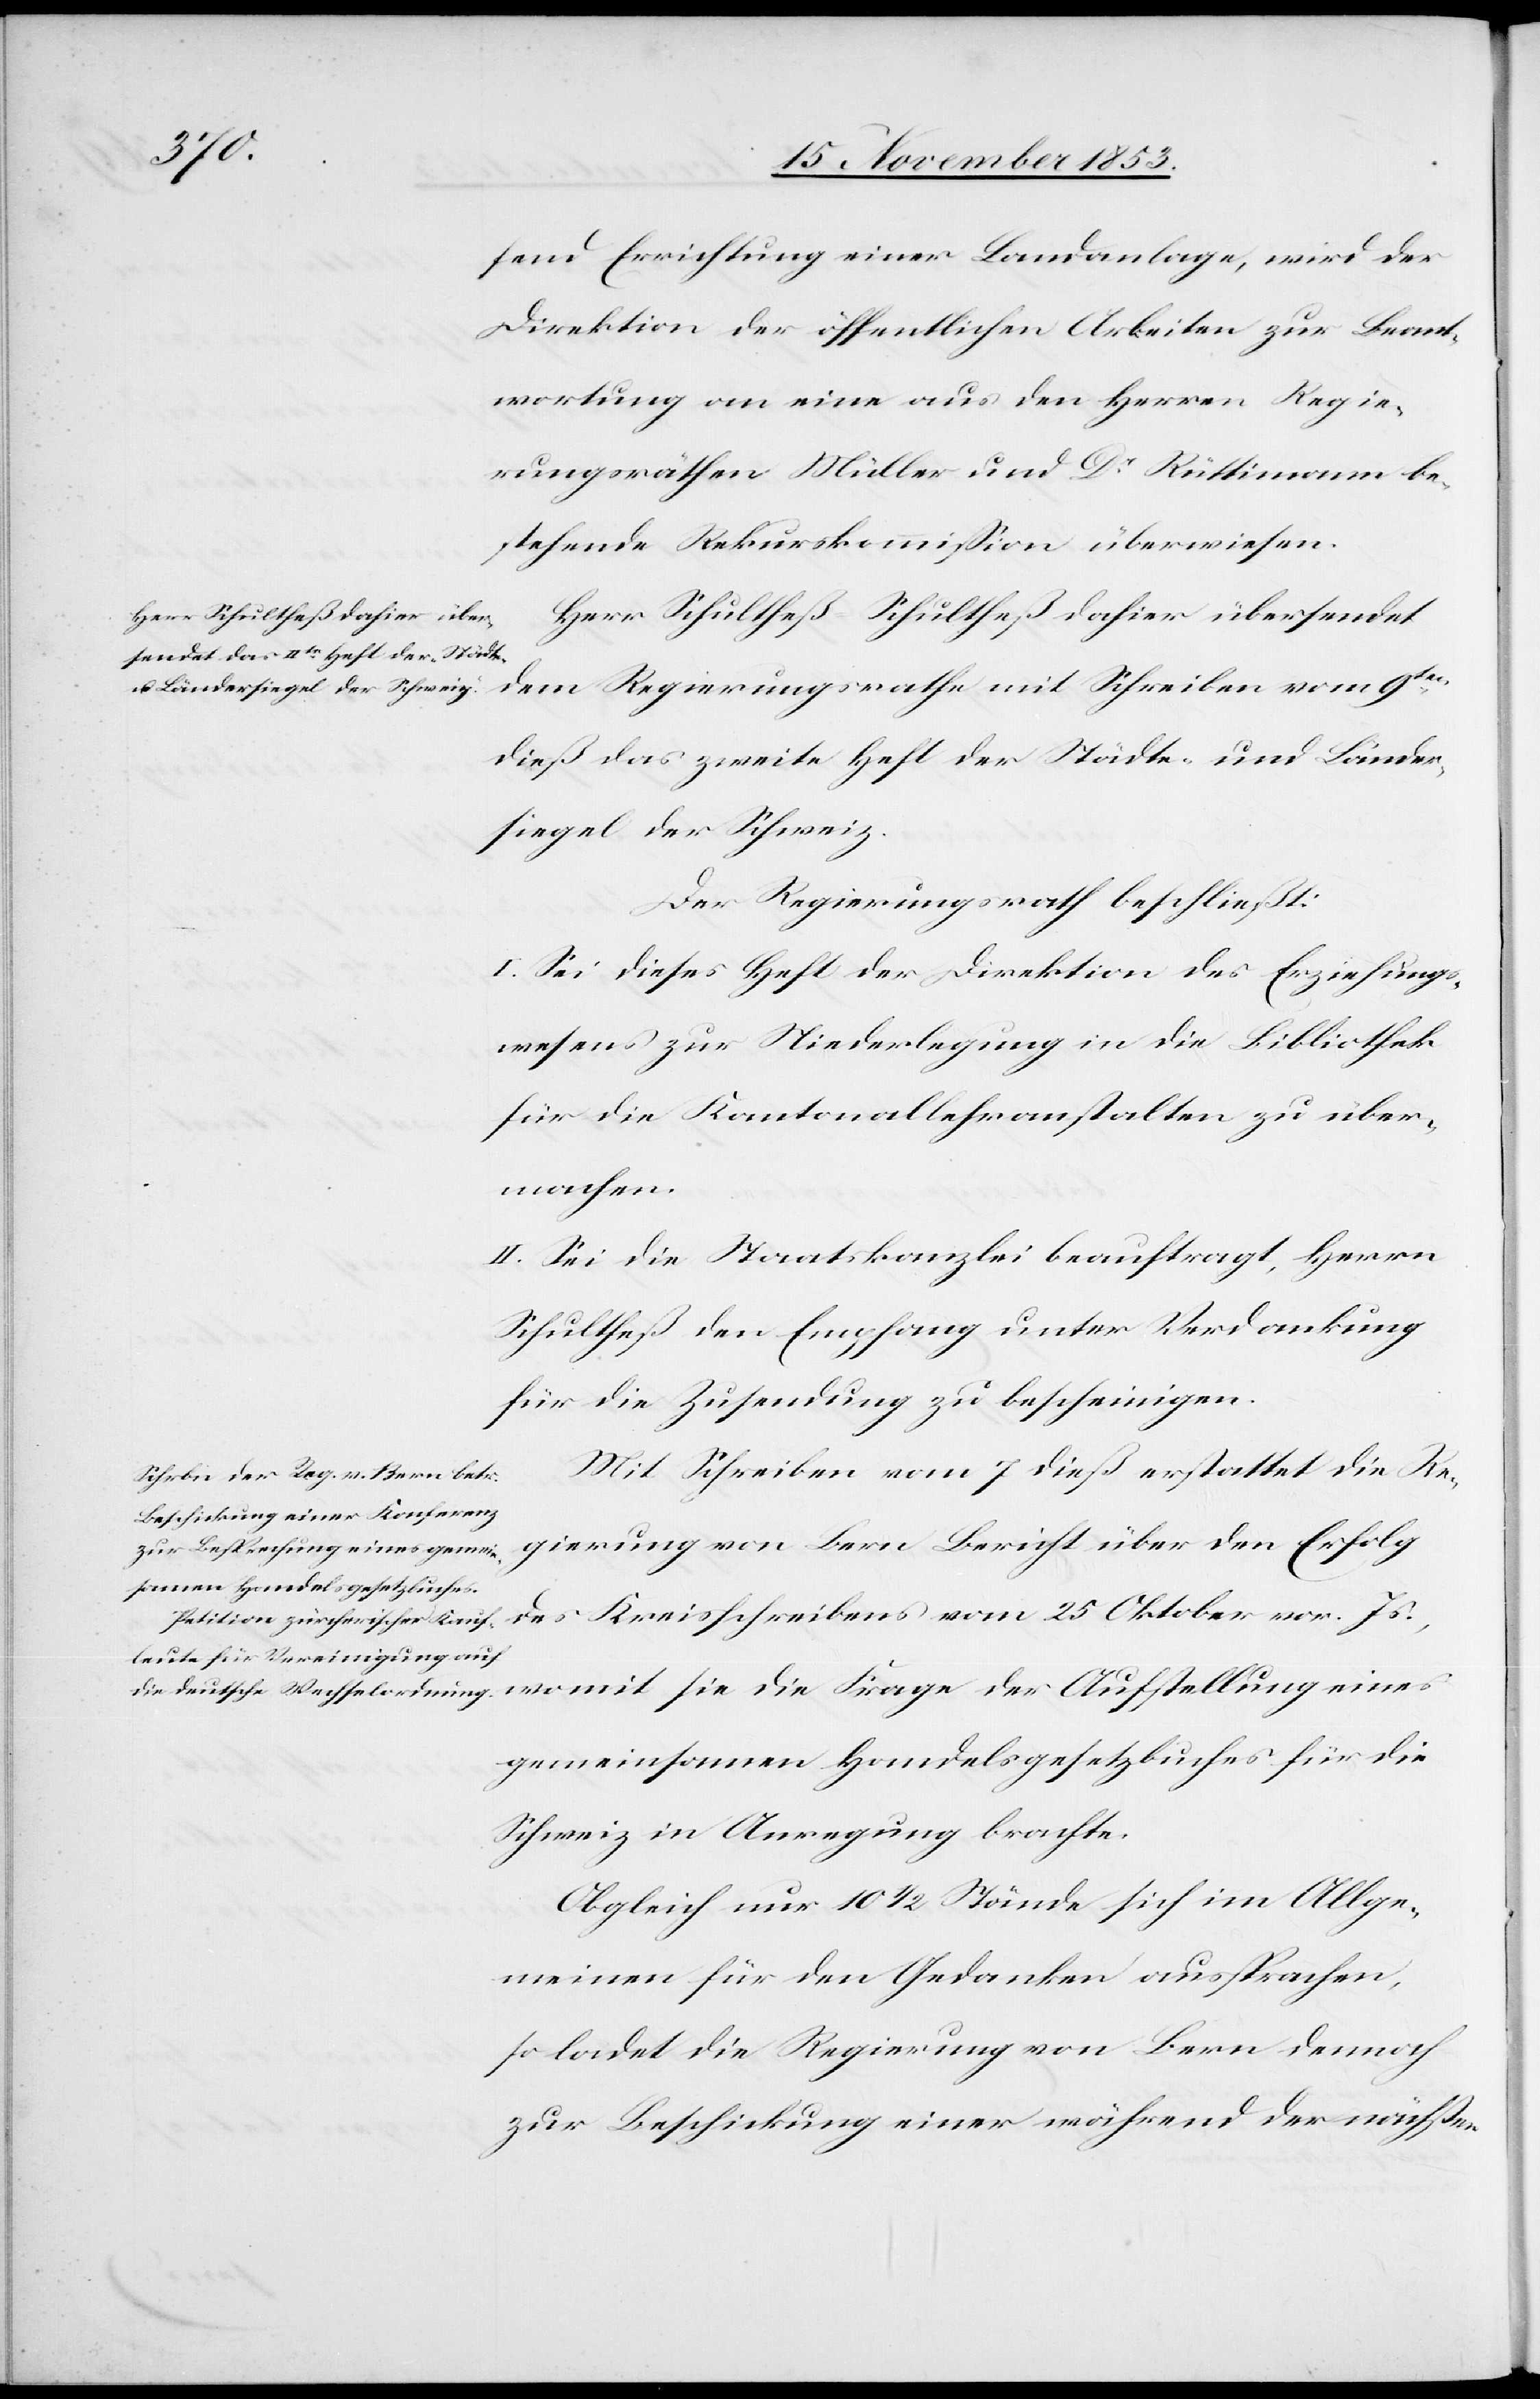
fend Errichtung einer Landanlage, wird der
Direktion der öffentlichen Arbeiten zur Beant¬
wortung an eine aus den Herren Regie¬
rungsräthen Müller und Dr Rüttimann be¬
stehende Rekurskommißion überwiesen.
Herr Schultheß-Schultheß dahier übersendet
dem Regierungsrathe mit Schreiben vom 9ten
dieß das zweite Heft der Städte- und Länder¬
siegel der Schweiz.
Der Regierungsrath beschließt:
I. Sei dieses Heft der Direktion des Erziehungs¬
wesens zur Niederlegung in die Bibliothek
für die Kantonalanstalten zu über¬
machen.
II. Sei die Staatskanzlei beauftragt, Herrn
Schultheß den Empfang unter Verdankung
für die Zusendung zu bescheinigen.
Mit Schreiben vom 7 dieß erstattet die Re¬
gierung von Bern Bericht über den Erfolg
des Kreisschreibens vom 25 Oktober vor. Js.,
Aufstellung eines
gemeinsamen Handelsgesetzbuches für die
Schweiz in Anregung brachte.
Obgleich nur 10 1/2 Stände sich im Allge¬
meinen für den Gedanken aussprechen,
so ladet die Regierung von Bern dennoch
zur Beschickung einer während der nächsten